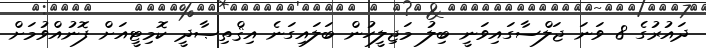
ދައުރުގެ 8 ވަނަ ޖަލްސާގައިވަނީ ބިލު މަޖިލީހުން ބަލައިގަނެ އިޤްތިޞާދީ ކޮމިޓީއަށް ފޮނުއްވުމަށް